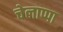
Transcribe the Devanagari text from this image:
चेलाप्पा